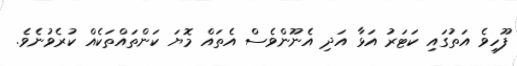
ފޫހިވެ އަތުގައި ކަޓަރު އަޅާ އަދި އެނޫންވެސް އެތައް މޮޔަ ކަންތައްތަކެއް ކުރެވުނެވެ.